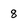
Character: 8